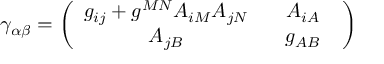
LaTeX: { \cal \gamma } _ { \alpha \beta } = \left( \begin{array} { c c } { { g _ { i j } + g ^ { M N } A _ { i M } A _ { j N } } } & { { \; \; \; A _ { i A } \; \; } } \\ { { A _ { j B } } } & { { \; \; \; g _ { A B } \; \; } } \end{array} \right)